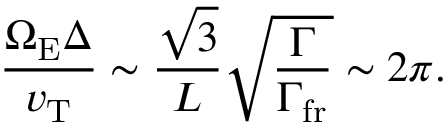
\frac { \Omega _ { \mathrm { E } } \Delta } { v _ { \mathrm { T } } } \sim \frac { \sqrt { 3 } } { L } \sqrt { \frac { \Gamma } { \Gamma _ { \mathrm { f r } } } } \sim 2 \pi .